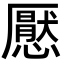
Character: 懕